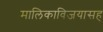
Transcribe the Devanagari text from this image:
मालिकाविजयासह